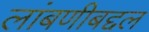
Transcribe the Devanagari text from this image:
लांबणीबद्दल